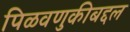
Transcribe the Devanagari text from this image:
पिळवणुकीबद्दल